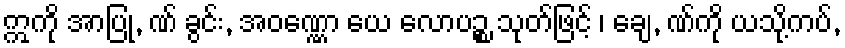
ဣကို အာပြု, ဏ် ခွင်း, အဝဏ္ဏော ယေ လောပဉ္စ သုတ်ဖြင့် ၊ ချေ, ဏ်ကို ယသို့ကပ်,